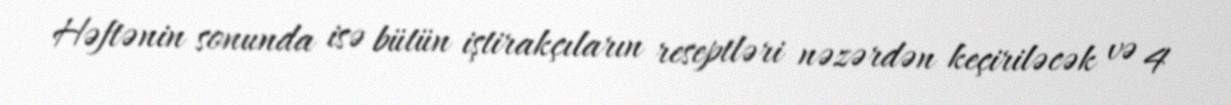
Həftənin sonunda isə bütün iştirakçıların reseptləri nəzərdən keçiriləcək və 4